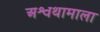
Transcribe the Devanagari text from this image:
अश्वथामाला